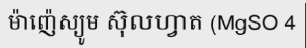
ម៉ាញ៉េស្យូម ស៊ុលហ្វាត (MgSO 4